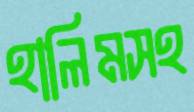
হালিমসহ